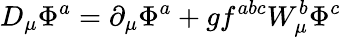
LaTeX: D_{\mu}\Phi^{a}=\partial_{\mu}\Phi^{a}+gf^{abc}W_{\mu}^{b}\Phi^{c}